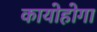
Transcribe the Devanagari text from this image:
कायोहोगा